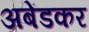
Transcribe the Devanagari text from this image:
अबेंडकर